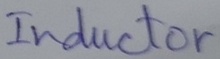
Text: Inductor